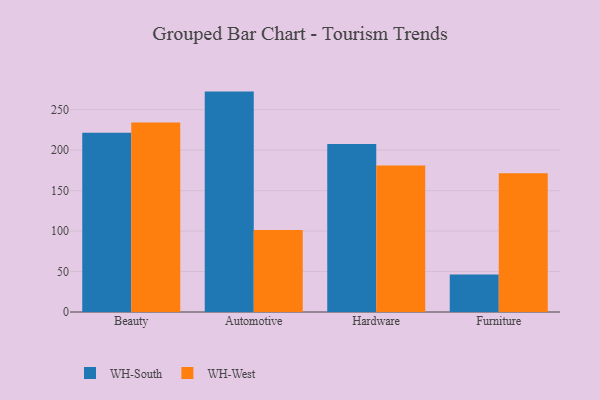
{"axis": {"x": "Category", "y": "Revenue (USD Million)"}, "legend": ["WH-South", "WH-West"], "data": [{"x": "Beauty", "y": 221.5, "type": "WH-South"}, {"x": "Beauty", "y": 234.2, "type": "WH-West"}, {"x": "Automotive", "y": 272.4, "type": "WH-South"}, {"x": "Automotive", "y": 101.5, "type": "WH-West"}, {"x": "Hardware", "y": 207.7, "type": "WH-South"}, {"x": "Hardware", "y": 181.2, "type": "WH-West"}, {"x": "Furniture", "y": 46.4, "type": "WH-South"}, {"x": "Furniture", "y": 171.5, "type": "WH-West"}]}